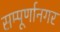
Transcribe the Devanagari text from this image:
सम्पूर्णानगर